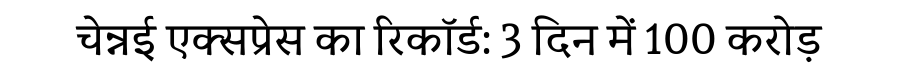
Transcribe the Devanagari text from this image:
चेन्नई एक्सप्रेस का रिकॉर्ड: 3 दिन में 100 करोड़